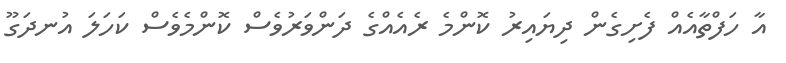
އާ ހަފްތާއެއް ފެށިގެން ދިޔައިރު ކޮންމެ ރެއެއްގެ ދަންވަރުވެސް ކޮންމެވެސް ކަހަލަ އުނދަގޫ